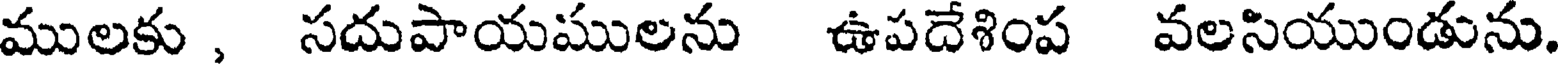
ములకు , సదుపాయములను ఉపదేశింప వలసియుండును.